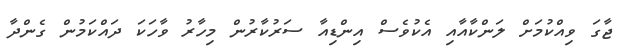
ޖާގަ ވިއްކުމަށް ލަންކާއާއި އެކުވެސް އިންޑިއާ ސަރުކާރުން މިހާރު ވާހަކަ ދައްކަމުން ގެންދާ